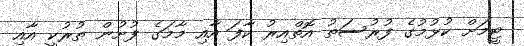
ޓީމަށް ކުޅުމުގެ ފުރުސަތު އޮތްއިރު ކާފަ އާއި މާމަގެ ފުށުން ތުރުކީ އާއި